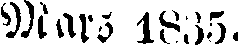
Mars 1835.